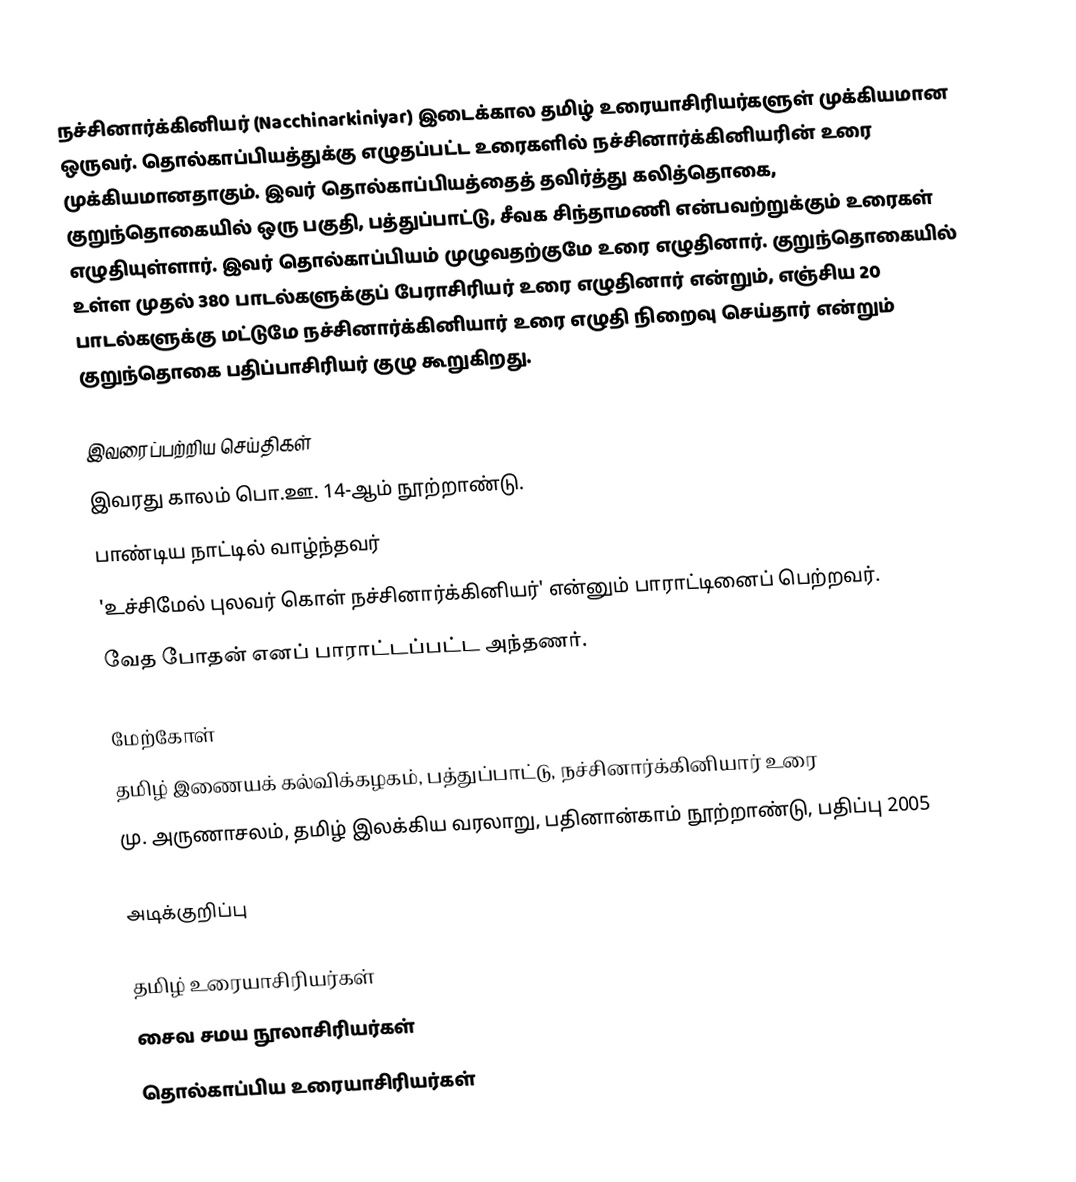
நச்சினார்க்கினியர் (Nacchinarkiniyar) இடைக்கால தமிழ் உரையாசிரியர்களுள் முக்கியமான ஒருவர். தொல்காப்பியத்துக்கு எழுதப்பட்ட உரைகளில் நச்சினார்க்கினியரின் உரை முக்கியமானதாகும். இவர் தொல்காப்பியத்தைத் தவிர்த்து கலித்தொகை, குறுந்தொகையில் ஒரு பகுதி, பத்துப்பாட்டு, சீவக சிந்தாமணி என்பவற்றுக்கும் உரைகள் எழுதியுள்ளார். இவர் தொல்காப்பியம் முழுவதற்குமே உரை எழுதினார். குறுந்தொகையில் உள்ள முதல் 380 பாடல்களுக்குப் பேராசிரியர் உரை எழுதினார் என்றும், எஞ்சிய 20 பாடல்களுக்கு மட்டுமே நச்சினார்க்கினியார் உரை எழுதி நிறைவு செய்தார் என்றும் குறுந்தொகை பதிப்பாசிரியர் குழு கூறுகிறது.

இவரைப்பற்றிய செய்திகள்
இவரது காலம் பொ.ஊ. 14-ஆம் நூற்றாண்டு.
பாண்டிய நாட்டில் வாழ்ந்தவர்
'உச்சிமேல் புலவர் கொள் நச்சினார்க்கினியர்' என்னும் பாராட்டினைப் பெற்றவர்.
வேத போதன் எனப் பாராட்டப்பட்ட அந்தணர்.

மேற்கோள்
 தமிழ் இணையக் கல்விக்கழகம், பத்துப்பாட்டு, நச்சினார்க்கினியார் உரை
மு. அருணாசலம், தமிழ் இலக்கிய வரலாறு, பதினான்காம் நூற்றாண்டு, பதிப்பு 2005

அடிக்குறிப்பு

தமிழ் உரையாசிரியர்கள்
சைவ சமய நூலாசிரியர்கள்
தொல்காப்பிய உரையாசிரியர்கள்